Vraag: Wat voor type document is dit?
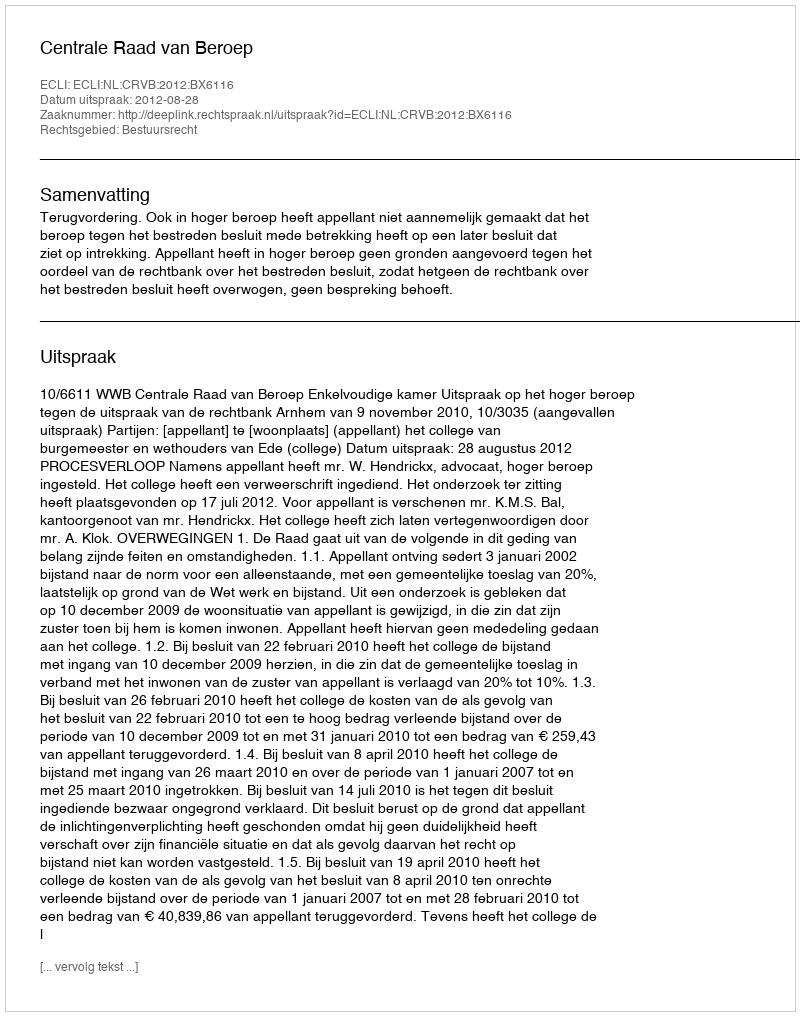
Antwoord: Uitspraak